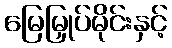
မြေမြှုပ်မိုင်းနှင့်